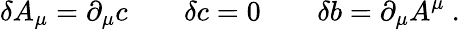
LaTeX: \delta A_{\mu}=\partial_{\mu}c\qquad\delta c=0\qquad\delta b=\partial_{\mu}A^{\mu}\ .